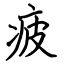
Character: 疲